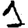
Digit: 1